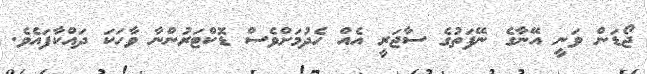
ޖޯޑަން ވަނީ އޭނާގެ ނޭފަތުގެ ސާޖަރީ އެއް ހެދުމަށްވެސް ޑޮކްޓަރުންނާ ވާހަކަ ދައްކާފައެވެ.